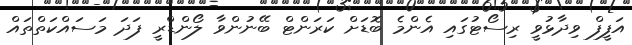
އަފީފް ވިދާޅުވީ ރިސޯޓުގައި އެންމެ ބޮޑަށް ކަރަންޓް ބޭނުންވާ ލޯންޑްރީ ފަދަ މަސައްކަތްތައް